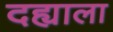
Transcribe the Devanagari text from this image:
दह्याला